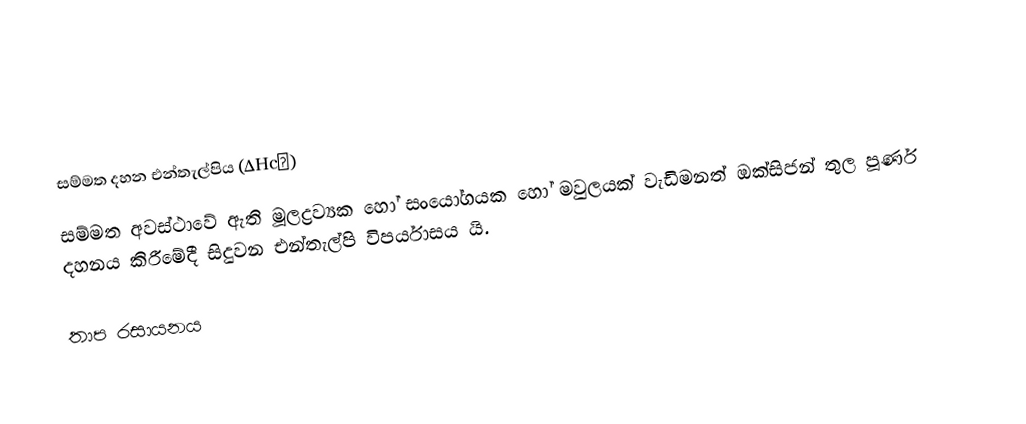

සම්මත දහන එන්තැල්පිය (∆Hc∅)
සම්මත අවස්ථාවේ  ඇති මූලද්‍රව්‍යක හෝ සංයෝගයක හෝ  මවුලයක් වැඩිමනත් ඔක්සිජන් තුල  පූර්ණ දහනය කිරීමේදී සිදුවන එන්තැල්පි විපර්යාසය යි.

තාප රසායනය